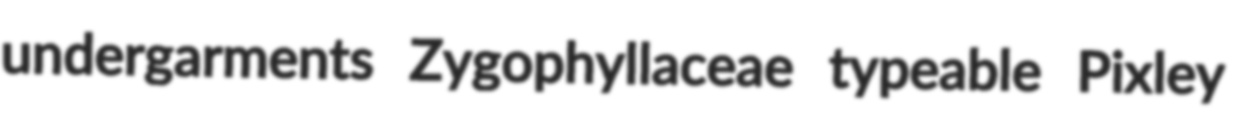
undergarments Zygophyllaceae typeable Pixley